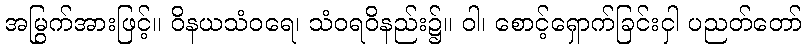
အမြွက်အားဖြင့်။ ဝိနယသံဝရေ၊ သံဝရဝိနည်း၌။ ဝါ၊ စောင့်ရှောက်ခြင်းငှါ ပညတ်တော်